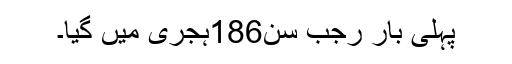
پہلی بار رجب سن186ہجری میں گیا۔